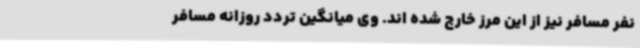
نفر مسافر نیز از این مرز خارج شده اند. وی میانگین تردد روزانه مسافر